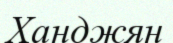
Ханджян